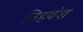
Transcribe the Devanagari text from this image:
निहवंश